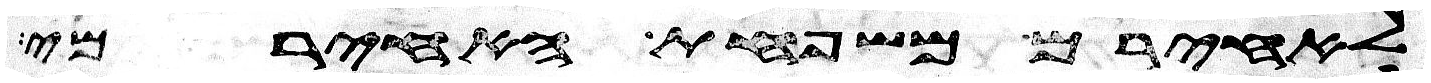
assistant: לאחירם משפחת האחירמי